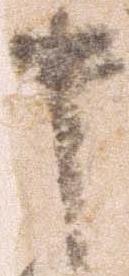
中